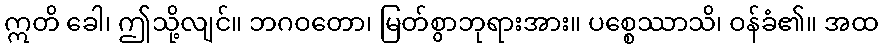
ဣတိ ခေါ၊ ဤသို့လျင်။ ဘဂဝတော၊ မြတ်စွာဘုရားအား။ ပစ္စေဿာသိ၊ ဝန်ခံ၏။ အထ